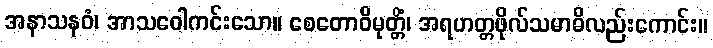
အနာသနဝံ၊ အာသဝေါကင်းသော။ စေတောဝိမုတ္တိံ၊ အရဟတ္တဖိုလ်သမာဓိလည်းကောင်း။